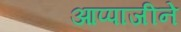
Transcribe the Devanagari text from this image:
आप्पाजीने